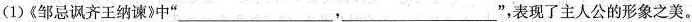
(1)《邹忌讽齐王纳谏》中” ___，___”，表现了主人公的形象之美。